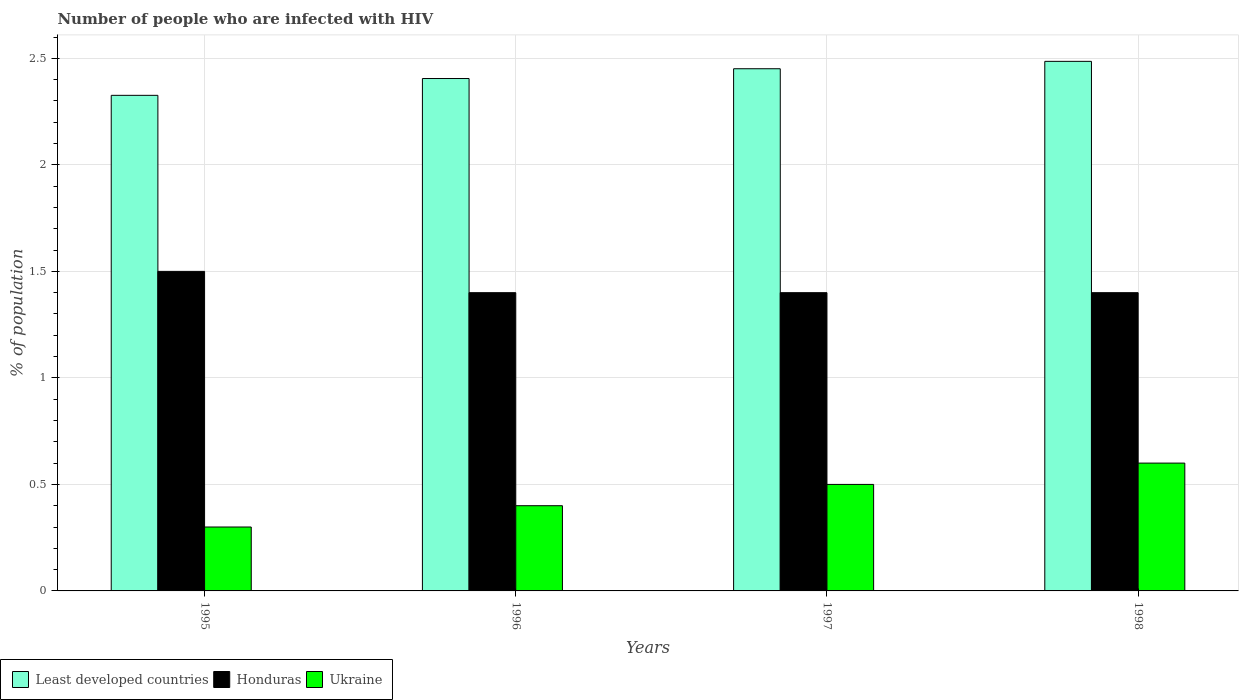
| Years | Least developed countries | Honduras | Ukraine |
 | --- | --- | --- | --- |
 | 1995 | 2.33 | 1.5 | 0.3 |
 | 1996 | 2.41 | 1.4 | 0.4 |
 | 1997 | 2.45 | 1.4 | 0.5 |
 | 1998 | 2.49 | 1.4 | 0.6 |